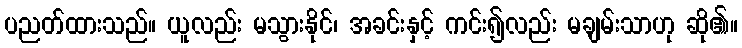
ပညတ်ထားသည်။ ယူလည်း မသွားနိုင်၊ အခင်းနှင့် ကင်း၍လည်း မချမ်းသာဟု ဆို၏။